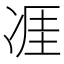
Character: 𪞢